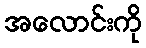
အလောင်းကို